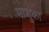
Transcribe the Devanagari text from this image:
माशुका